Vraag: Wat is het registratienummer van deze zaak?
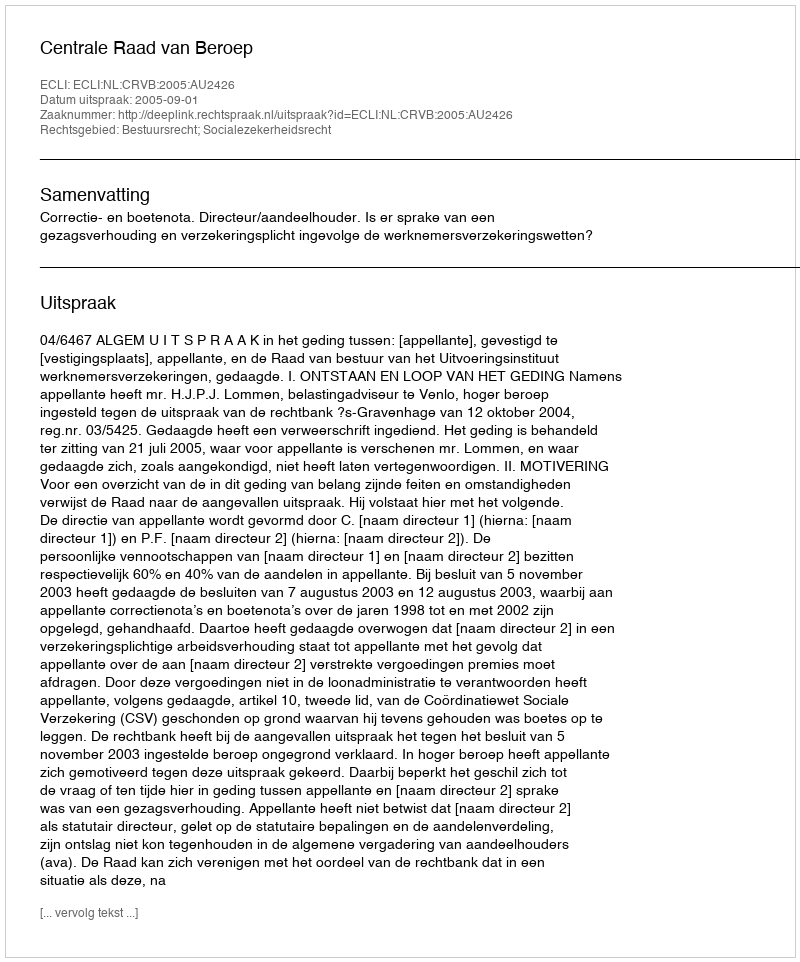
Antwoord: http://deeplink.rechtspraak.nl/uitspraak?id=ECLI:NL:CRVB:2005:AU2426